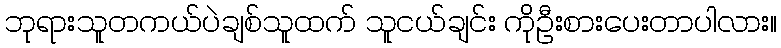
ဘုရားသူတကယ်ပဲချစ်သူထက် သူငယ်ချင်း ကိုဦးစားပေးတာပါလား။